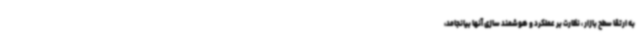
به ارتقا سطح بازار ، نظارت بر عملکرد و هوشمند سازی آنها بیانجامد،